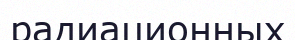
радиационных